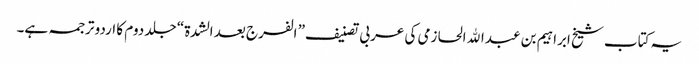
یہ کتاب شیخ ابراہیم بن عبدالله الحازمی کی عربی تصنیف” الفرج بعد الشدة“ جلد دوم کا اردو ترجمہ ہے۔